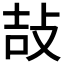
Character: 𢼣